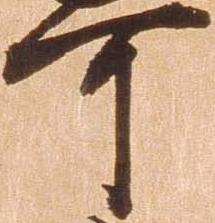
可